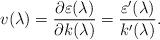
LaTeX: \begin{align*}v(\lambda)=\frac{\partial\varepsilon(\lambda)}{\partial k(\lambda)}=\frac{\varepsilon'(\lambda)}{k'(\lambda)}.\end{align*}